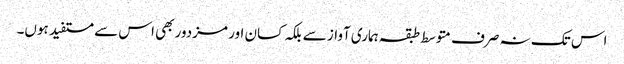
اس تک نہ صرف متوسط طبقہ ہماری آواز سے بلکہ کسان اور مزدور بھی اس سے مستفید ہوں۔